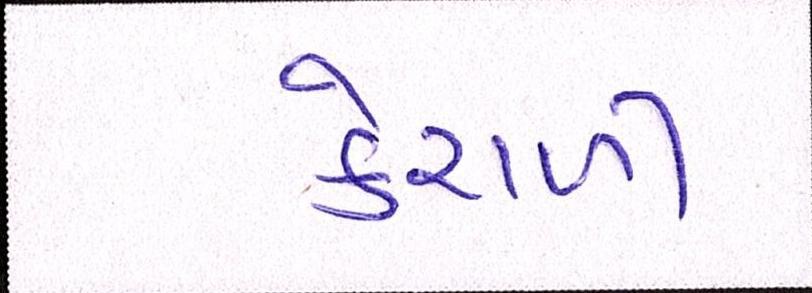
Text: કેરાળી